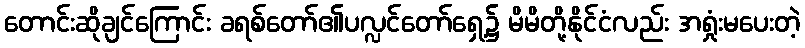
တောင်းဆိုချင်ကြောင်း ခရစ်တော်၏ပလ္လင်တော်ရှေ့၌ မိမိတို့နိုင်ငံလည်း အရှုံးမပေးတဲ့